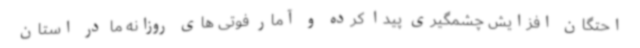
احتگان افزایش چشمگیری پیدا کرده و آمار فوتی های روزانه ما در استان